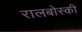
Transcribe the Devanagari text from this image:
रालबोस्की